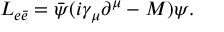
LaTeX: { \cal L } _ { e \bar { e } } = \bar { \psi } ( i \gamma _ { \mu } \partial ^ { \mu } - M ) \psi .